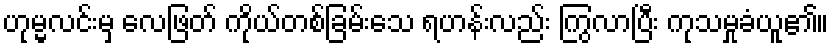
ဟုမ္မလင်းမှ လေဖြတ် ကိုယ်တစ်ခြမ်းသေ ရဟန်းလည်း ကြွလာပြီး ကုသမှုခံယူ၏။